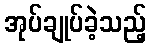
အုပ်ချုပ်ခဲ့သည့်